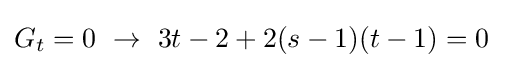
G_{t}=0\ \rightarrow \ 3t-2+2(s-1)(t-1)=0\;